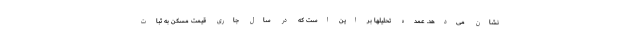
نشان می‌دهد. عمده تحلیلها بر این است که در سال جاری قیمت مسکن به ثبات